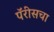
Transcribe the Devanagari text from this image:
पॅरीसचा